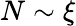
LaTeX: N\sim\xi